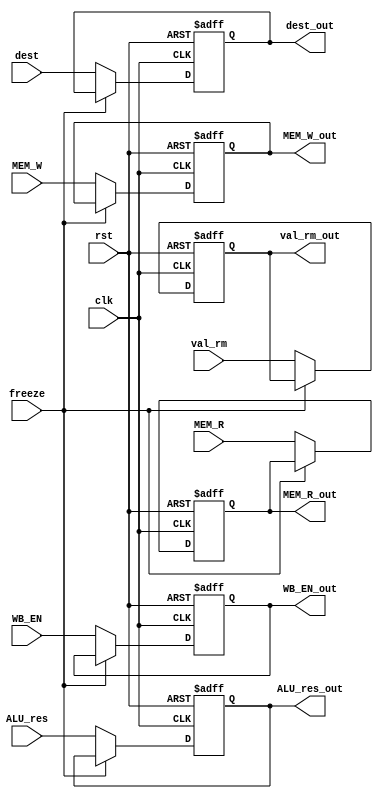
module EXE_reg(clk,rst,freeze,dest,val_rm,ALU_res,MEM_W,MEM_R,WB_EN,
dest_out,val_rm_out,ALU_res_out,MEM_W_out,MEM_R_out,WB_EN_out);

input clk,rst,MEM_W,MEM_R,WB_EN,freeze;
input [3:0]dest;
input [31:0]val_rm,ALU_res;

output reg MEM_W_out,MEM_R_out,WB_EN_out;
output reg [3:0]dest_out;
output reg [31:0]val_rm_out,ALU_res_out;

always@(posedge clk,posedge rst)begin
    if(rst)
        {dest_out,val_rm_out,ALU_res_out,MEM_W_out,MEM_R_out,WB_EN_out}<=0;
    else if(~freeze)begin 
        dest_out<=dest;
        val_rm_out<=val_rm;
        ALU_res_out<=ALU_res;
        MEM_W_out<=MEM_W;
        MEM_R_out<=MEM_R;
        WB_EN_out<=WB_EN;
    end
end

endmodule